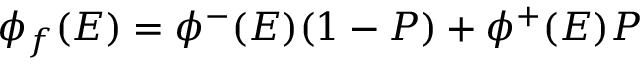
\phi _ { f } ( E ) = \phi ^ { - } ( E ) ( 1 - P ) + \phi ^ { + } ( E ) P